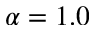
\alpha = 1 . 0